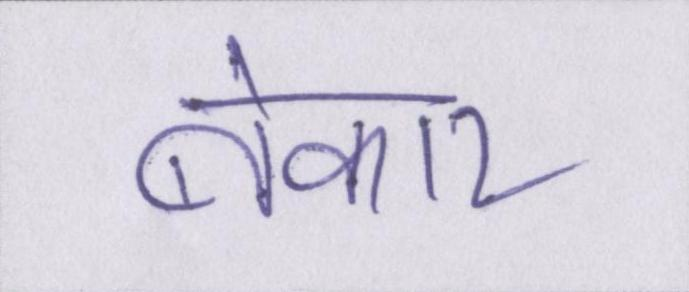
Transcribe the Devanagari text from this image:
बेकार